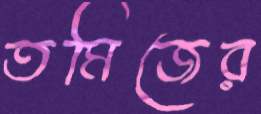
তমিজের